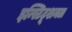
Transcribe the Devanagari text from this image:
इन्स्टिटूशनल